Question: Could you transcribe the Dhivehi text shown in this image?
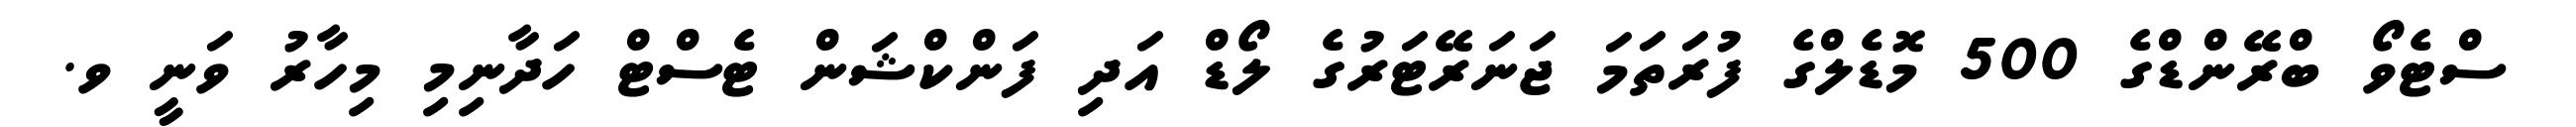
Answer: ސްޓެވޯ ބްރޭންޑްގެ 500 މޮޑެލްގެ ފުރަތަމަ ޖަނަރޭޓަރުގެ ލޯޑް އަދި ފަންކްޝަން ޓެސްޓް ހަދާނިމި މިހާރު ވަނީ ވ.